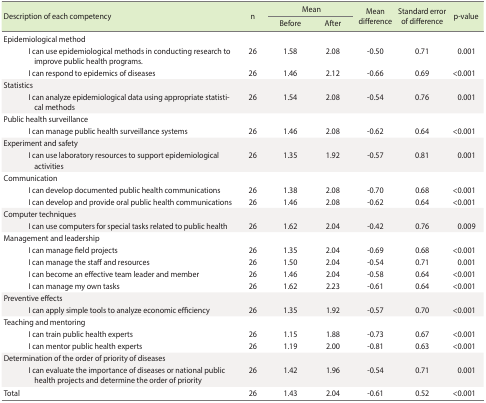
<table><thead><tr><td rowspan="2" colspan="2"><b>Description of each competency</b></td><td rowspan="2"><b>n</b></td><td colspan="2"><b>Mean</b></td><td rowspan="2"><b>Mean difference</b></td><td rowspan="2"><b>Standard error of difference</b></td><td rowspan="2"><b>p-value</b></td></tr><tr><td><b>Before</b></td><td><b>After</b></td></tr></thead><tbody><tr><td colspan="2">Epidemiological method</td><td></td><td></td><td></td><td></td><td></td><td></td></tr><tr><td></td><td>I can use epidemiological methods in conducting research to improve public health programs.</td><td>26</td><td>1.58</td><td>2.08</td><td>-0.50</td><td>0.71</td><td>0.001</td></tr><tr><td></td><td>I can respond to epidemics of diseases</td><td>26</td><td>1.46</td><td>2.12</td><td>-0.66</td><td>0.69</td><td>&lt;0.001</td></tr><tr><td colspan="2">Statistics</td><td></td><td></td><td></td><td></td><td></td><td></td></tr><tr><td></td><td>I can analyze epidemiological data using appropriate statistical methods</td><td>26</td><td>1.54</td><td>2.08</td><td>-0.54</td><td>0.76</td><td>0.001</td></tr><tr><td colspan="2">Public health surveillance</td><td></td><td></td><td></td><td></td><td></td><td></td></tr><tr><td></td><td>I can manage public health surveillance systems</td><td>26</td><td>1.46</td><td>2.08</td><td>-0.62</td><td>0.64</td><td>&lt;0.001</td></tr><tr><td colspan="2">Experiment and safety</td><td></td><td></td><td></td><td></td><td></td><td></td></tr><tr><td></td><td>I can use laboratory resources to support epidemiological activities</td><td>26</td><td>1.35</td><td>1.92</td><td>-0.57</td><td>0.81</td><td>0.001</td></tr><tr><td colspan="2">Communication</td><td></td><td></td><td></td><td></td><td></td><td></td></tr><tr><td></td><td>I can develop documented public health communications</td><td>26</td><td>1.38</td><td>2.08</td><td>-0.70</td><td>0.68</td><td>&lt;0.001</td></tr><tr><td></td><td>I can develop and provide oral public health communications</td><td>26</td><td>1.46</td><td>2.08</td><td>-0.62</td><td>0.64</td><td>&lt;0.001</td></tr><tr><td colspan="2">Computer techniques</td><td></td><td></td><td></td><td></td><td></td><td></td></tr><tr><td></td><td>I can use computers for special tasks related to public health</td><td>26</td><td>1.62</td><td>2.04</td><td>-0.42</td><td>0.76</td><td>0.009</td></tr><tr><td colspan="2">Management and leadership</td><td></td><td></td><td></td><td></td><td></td><td></td></tr><tr><td></td><td>I can manage field projects</td><td>26</td><td>1.35</td><td>2.04</td><td>-0.69</td><td>0.68</td><td>&lt;0.001</td></tr><tr><td></td><td>I can manage the staff and resources</td><td>26</td><td>1.50</td><td>2.04</td><td>-0.54</td><td>0.71</td><td>0.001</td></tr><tr><td></td><td>I can become an effective team leader and member</td><td>26</td><td>1.46</td><td>2.04</td><td>-0.58</td><td>0.64</td><td>&lt;0.001</td></tr><tr><td></td><td>I can manage my own tasks</td><td>26</td><td>1.62</td><td>2.23</td><td>-0.61</td><td>0.64</td><td>&lt;0.001</td></tr><tr><td colspan="2">Preventive effects</td><td></td><td></td><td></td><td></td><td></td><td></td></tr><tr><td></td><td>I can apply simple tools to analyze economic efficiency</td><td>26</td><td>1.35</td><td>1.92</td><td>-0.57</td><td>0.70</td><td>&lt;0.001</td></tr><tr><td colspan="2">Teaching and mentoring</td><td></td><td></td><td></td><td></td><td></td><td></td></tr><tr><td></td><td>I can train public health experts</td><td>26</td><td>1.15</td><td>1.88</td><td>-0.73</td><td>0.67</td><td>&lt;0.001</td></tr><tr><td></td><td>I can mentor public health experts</td><td>26</td><td>1.19</td><td>2.00</td><td>-0.81</td><td>0.63</td><td>&lt;0.001</td></tr><tr><td colspan="2">Determination of the order of priority of diseases</td><td></td><td></td><td></td><td></td><td></td><td></td></tr><tr><td></td><td>I can evaluate the importance of diseases or national public health projects and determine the order of priority</td><td>26</td><td>1.42</td><td>1.96</td><td>-0.54</td><td>0.71</td><td>0.001</td></tr><tr><td>Total</td><td></td><td>26</td><td>1.43</td><td>2.04</td><td>-0.61</td><td>0.52</td><td>&lt;0.001</td></tr></tbody></table>